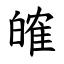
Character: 㿥